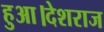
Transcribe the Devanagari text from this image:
हुआ।देशराज